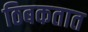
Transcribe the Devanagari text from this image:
ठिबकतात